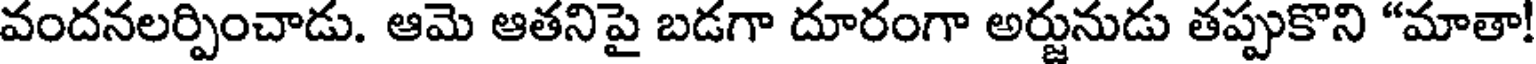
వందనలర్పించాడు. ఆమె ఆతనిపై బడగా దూరంగా అర్జునుడు తప్పుకొని "మాతా!